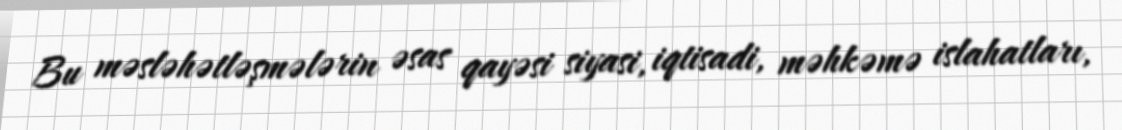
Bu məsləhətləşmələrin əsas qayəsi siyasi, iqtisadi, məhkəmə islahatları,